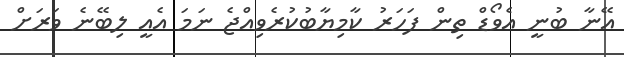
އޭނާ ބުނީ އެވޯޑް ތިން ފަހަރު ކާމިޔާބުކުރެވިއްޖެ ނަމަ އެއީ ލިބޭނެ ވަރަށް